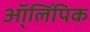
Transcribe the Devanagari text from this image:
ऑ्लिंपिक